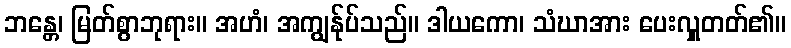
ဘန္တေ၊ မြတ်စွာဘုရား။ အဟံ၊ အကျွန်ုပ်သည်။ ဒါယကော၊ သံဃာအား ပေးလှူတတ်၏။